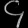
Digit: ၄